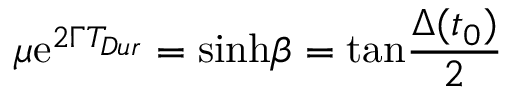
\mu \mathrm { e } ^ { 2 \Gamma T _ { D u r } } = \mathrm { s i n h } \beta = \mathrm { t a n } { \frac { \Delta ( t _ { 0 } ) } { 2 } }